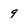
Character: 9